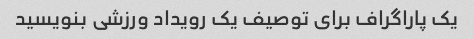
یک پاراگراف برای توصیف یک رویداد ورزشی بنویسید